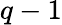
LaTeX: q-1